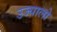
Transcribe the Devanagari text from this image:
उज्यालो